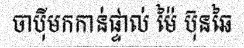
ចាប៉ីមកកាន់ផ្ទាល់ ម៉ៃ ប៊ុនឆៃ